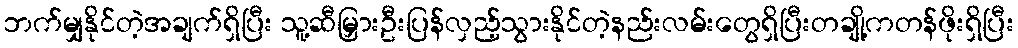
ဘက်မျှနိုင်တဲ့အချက်ရှိပြီး သူ့ဆီမြှားဦးပြန်လှည့်သွားနိုင်တဲ့နည်းလမ်းတွေရှိပြီးတချို့ကတန်ဖိုးရှိပြီး